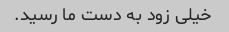
خیلی زود به دست ما رسید.